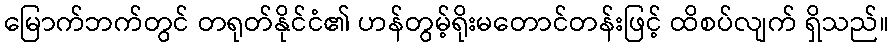
မြောက်ဘက်တွင် တရုတ်နိုင်ငံ၏ ဟန်တွမ့်ရိုးမတောင်တန်းဖြင့် ထိစပ်လျက် ရှိသည်။